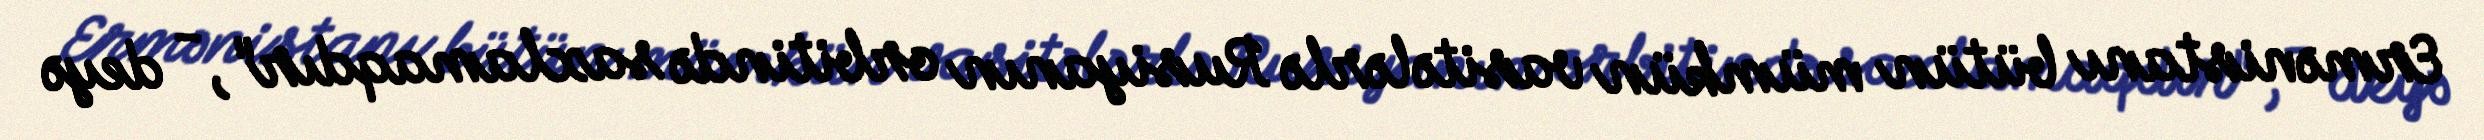
Ermənistanı bütün mümkün vasitələrlə Rusiyanın orbitində saxlamaqdır", - deyə